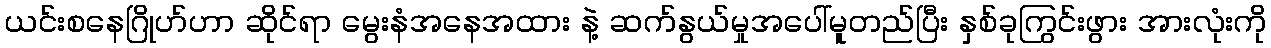
ယင်းစနေဂြိုဟ်ဟာ ဆိုင်ရာ မွေးနံအနေအထား နဲ့ ဆက်နွယ်မှုအပေါ်မူတည်ပြီး နှစ်ခုကြွင်းဖွား အားလုံးကို